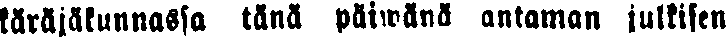
käräjäkunnassa tänä päiwänä antaman julkisen